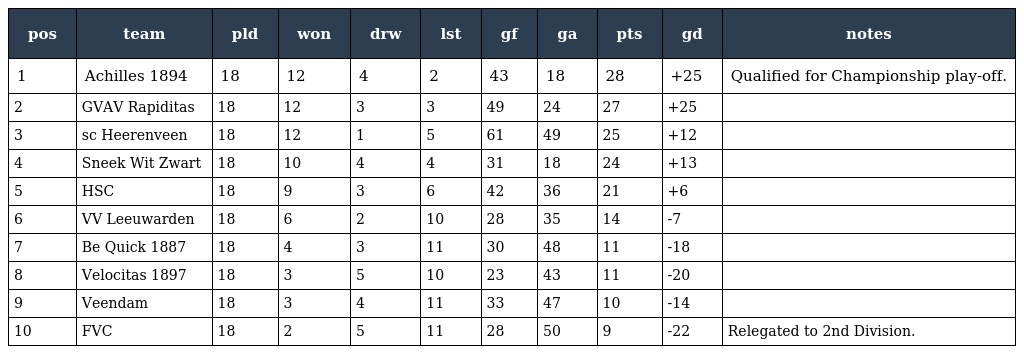
| pos | team | pld | won | drw | lst | gf | ga | pts | gd | notes |
 | --- | --- | --- | --- | --- | --- | --- | --- | --- | --- | --- |
 | 1 | Achilles 1894 | 18 | 12 | 4 | 2 | 43 | 18 | 28 | +25 | Qualified for Championship play-off. |
 | 2 | GVAV Rapiditas | 18 | 12 | 3 | 3 | 49 | 24 | 27 | +25 |  |
 | 3 | sc Heerenveen | 18 | 12 | 1 | 5 | 61 | 49 | 25 | +12 |  |
 | 4 | Sneek Wit Zwart | 18 | 10 | 4 | 4 | 31 | 18 | 24 | +13 |  |
 | 5 | HSC | 18 | 9 | 3 | 6 | 42 | 36 | 21 | +6 |  |
 | 6 | VV Leeuwarden | 18 | 6 | 2 | 10 | 28 | 35 | 14 | -7 |  |
 | 7 | Be Quick 1887 | 18 | 4 | 3 | 11 | 30 | 48 | 11 | -18 |  |
 | 8 | Velocitas 1897 | 18 | 3 | 5 | 10 | 23 | 43 | 11 | -20 |  |
 | 9 | Veendam | 18 | 3 | 4 | 11 | 33 | 47 | 10 | -14 |  |
 | 10 | FVC | 18 | 2 | 5 | 11 | 28 | 50 | 9 | -22 | Relegated to 2nd Division. |